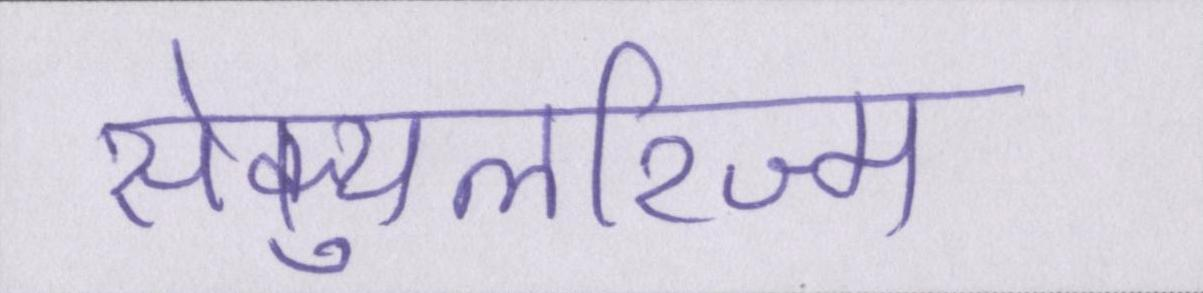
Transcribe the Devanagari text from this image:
सेक्युलरिज्म